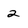
Character: 2